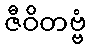
ဇီဝိတဗ္ဗံ